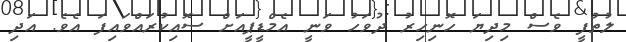
ލުތުފީ ވެސް މިދިޔަ ހޮނިހިރު ދުވަހު ވަނީ އެމްޑީޕީއަށް ސޮއިކުރައްވައިފަ އެވެ. އަދި